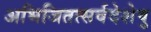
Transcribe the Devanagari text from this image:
अभिजितत्सर्वदेशेषु